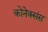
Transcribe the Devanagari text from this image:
कोनेक्संस